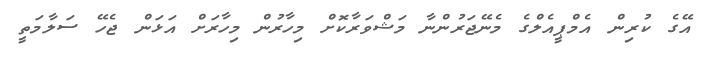
އޭގެ ކުރިން އެމްޕީއެލްގެ މެނޭޖަރުންނާ މަޝްވަރާކޮށް މިހާރުން މިހާރަށް އަޅަން ޖެހޭ ސަލާމަތީ